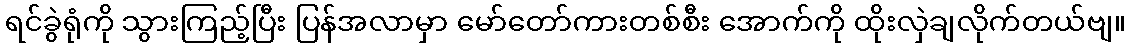
ရင်ခွဲရုံကို သွားကြည့်ပြီး ပြန်အလာမှာ မော်တော်ကားတစ်စီး အောက်ကို ထိုးလှဲချလိုက်တယ်ဗျ။